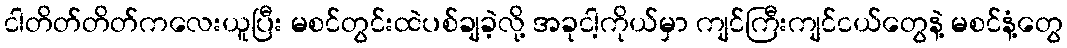
ငါတိတ်တိတ်ကလေးယူပြီး မစင်တွင်းထဲပစ်ချခဲ့လို့ အခုငါ့ကိုယ်မှာ ကျင်ကြီးကျင်ငယ်တွေနဲ့ မစင်နံ့တွေ